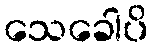
သေခေါပိ